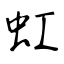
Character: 虹